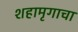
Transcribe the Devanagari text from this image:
शहामृगाचा